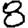
Digit: 8